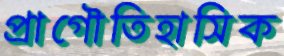
প্রাগৌতিহাসিক